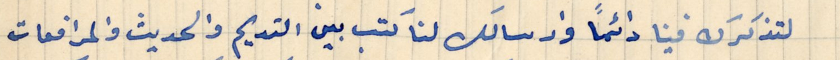
لتذكرك فينا دائمًا وارسالك لنا كتب بين القديم والحديث والمرافعات